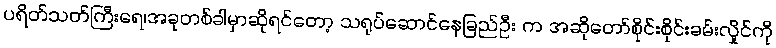
ပရိတ်သတ်ကြီးရေ၊အခုတစ်ခါမှာဆိုရင်တော့ သရုပ်ဆောင်နေခြည်ဦး က အဆိုတော်စိုင်းစိုင်းခမ်းလှိုင်ကို